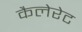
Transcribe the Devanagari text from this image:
कैलेरेट